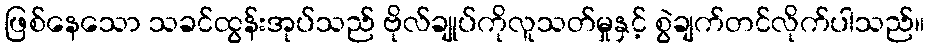
ဖြစ်နေသော သခင်ထွန်းအုပ်သည် ဗိုလ်ချုပ်ကိုလူသတ်မှုနှင့် စွဲချက်တင်လိုက်ပါသည်။